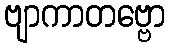
ဗျာကာတဗ္ဗော